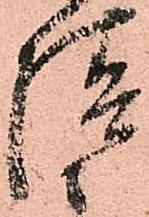
請